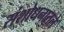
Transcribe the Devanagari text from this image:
संशोधनातले